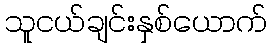
သူငယ်ချင်းနှစ်ယောက်